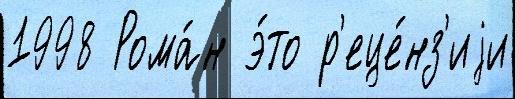
1998 Рома́н э́то р'еце́нз'иjи